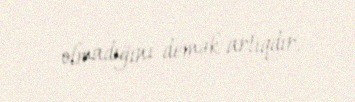
olmadığını demək artıqdır.